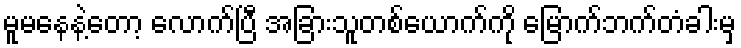
မူမနေနဲ့တော့ လောက်ပြီ အခြားသူတစ်ယောက်ကို မြောက်ဘက်တံခါးမှ